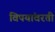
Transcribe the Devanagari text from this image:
विषयांवरती